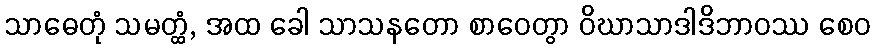
သာဓေတုံ သမတ္ထံ, အထ ခေါ သာသနတော စာဝေတွာ ဝိဃာသာဒါဒိဘာဝဿ စေဝ